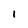
Character: I